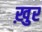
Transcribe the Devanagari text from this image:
ख़ुर